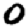
Digit: 0